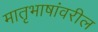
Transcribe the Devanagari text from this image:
मातृभाषांवरील